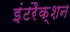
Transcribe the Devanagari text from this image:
इंटरैक्शन